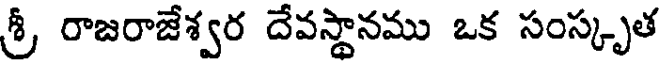
శ్రీ, రాజరాజేశ్వర దేవస్థానము ఒక సంస్కృత